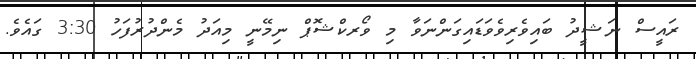
ރައީސް ނަޝީދު ބައިވެރިވެވަޑައިގަންނަވާ މި ވޯރކްޝޮޕް ނިމޭނީ މިއަދު މެންދުރުފަހު 3:30 ގައެވެ.